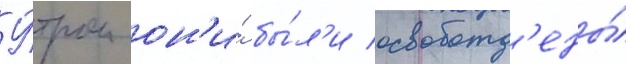
У́тром он'и́ бы́л'и освобожд'ены́